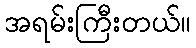
အရမ်းကြီးတယ်။